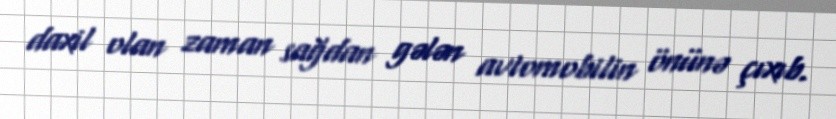
daxil olan zaman sağdan gələn avtomobilin önünə çıxıb.